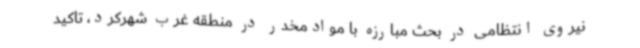
نیروی انتظامی در بحث مبارزه با موادمخدر در منطقه غرب شهرکرد، تاکید